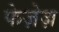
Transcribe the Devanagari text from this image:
फेज़ेज़